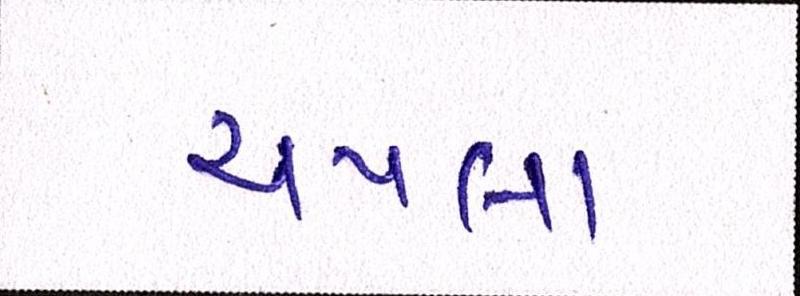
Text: ચપલા